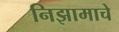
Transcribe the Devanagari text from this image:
निझामाचे